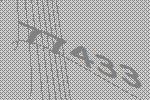
77433